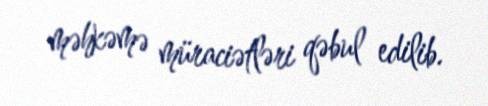
məhkəmə müraciətləri qəbul edilib.